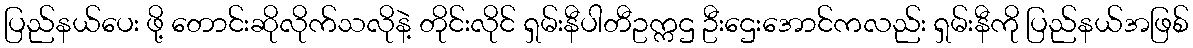
ပြည်နယ်ပေး ဖို့ တောင်းဆိုလိုက်သလိုနဲ့ တိုင်းလိုင် ရှမ်းနီပါတီဥက္ကဌ ဦးဌေးအောင်ကလည်း ရှမ်းနီကို ပြည်နယ်အဖြစ်